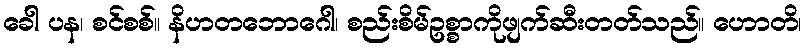
ခေါ ပန၊ စင်စစ်။ နိဟတဘောဂေါ၊ စည်းစိမ်ဥစ္စာကိုဖျက်ဆီးတတ်သည်။ ဟောတိ၊